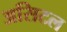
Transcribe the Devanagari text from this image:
असिटल